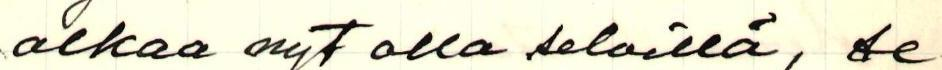
alkaa nyt olla selvillä, se